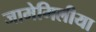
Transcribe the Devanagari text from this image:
जामेमिलीया